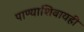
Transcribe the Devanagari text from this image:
पाण्याशिवायही